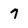
Character: 7